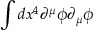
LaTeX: \int d x ^ { 4 } \partial ^ { \mu } \phi \partial _ { \mu } \phi